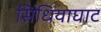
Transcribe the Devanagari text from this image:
सिंधियाघाट